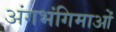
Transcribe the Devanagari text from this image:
अंगभंगिमाओं